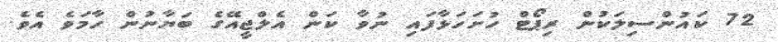
72 ކައުންސިލަކުން ރިޕޯޓް ހުށަހަޅާފައި ނުވާ ކަން އެލްޖީއޭގެ ބަޔާނުން ހާމަވެ އެވެ.